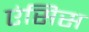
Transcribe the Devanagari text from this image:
एंसिस